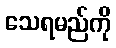
သေရမည်ကို